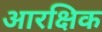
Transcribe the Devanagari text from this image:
आरक्षिक